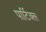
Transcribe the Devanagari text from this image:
पार्टिक्ल